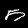
Label: 5